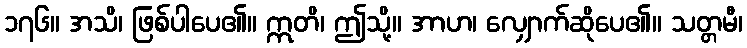
၁၇၆။ အသိ၊ ဖြစ်ပါပေ၏။ ဣတိ၊ ဤသို့။ အာဟ၊ လျှောက်ဆိုပေ၏။ သတ္တမီ၊